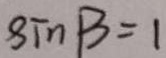
\sin \beta = 1